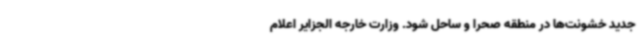
جدید خشونت‌ها در منطقه صحرا و ساحل شود. وزارت خارجه الجزایر اعلام